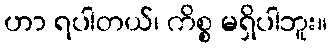
ဟာ ရပါတယ်၊ ကိစ္စ မရှိပါဘူး။